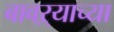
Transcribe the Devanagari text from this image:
बावऱ्याच्या